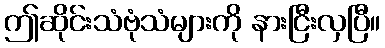
ဤဆိုင်းသံဗုံသံများကို နားငြီးလှပြီ။